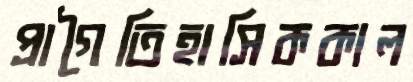
প্রাগৈতিহাসিককাল